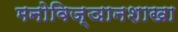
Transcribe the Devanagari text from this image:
मनोविज्ञानशाखा